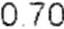
0.70